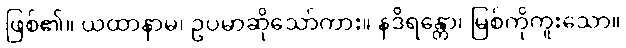
ဖြစ်၏။ ယထာနာမ၊ ဥပမာဆိုသော်ကား။ နဒိရန္တော၊ မြစ်ကိုကူးသော။